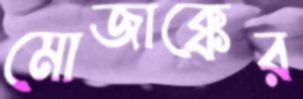
মোজাক্কের